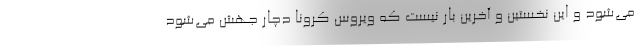
می‌‌شود و این نخستین و آخرین بار نیست که ویروس کرونا دچار جهش می‌‌شود